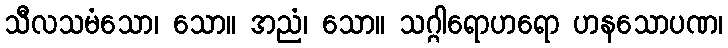
သီလသမံသော၊ သော။ အညံ၊ သော။ သဂ္ဂါရောဟရော ဟနသောပဏ၊